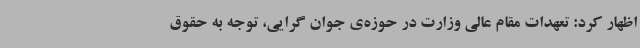
اظهار کرد: تعهدات مقام عالی وزارت در حوزه‌ی جوان گرایی، توجه به حقوق